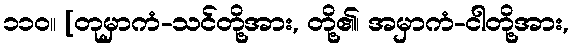
၁၁၀။ [တုမှာကံ-သင်တို့အား, တို့၏၊ အမှာကံ-ငါတို့အား,